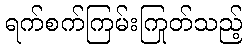
ရက်စက်ကြမ်းကြုတ်သည့်